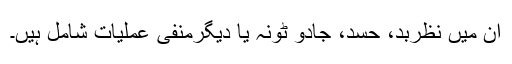
ان میں نظربد، حسد، جادو ٹونہ یا دیگرمنفی عملیات شامل ہیں۔